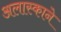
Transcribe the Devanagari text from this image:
अलास्काने